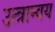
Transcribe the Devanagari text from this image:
उत्त्रान्वय